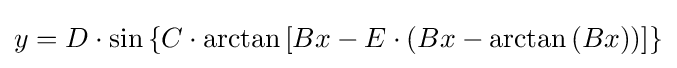
y=D\cdot \sin \left\{C\cdot \arctan \left[Bx-E\cdot (Bx-\arctan \left(Bx)\right)\right]\right\}